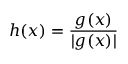
h ( x ) = { \frac { g ( x ) } { | g ( x ) | } }